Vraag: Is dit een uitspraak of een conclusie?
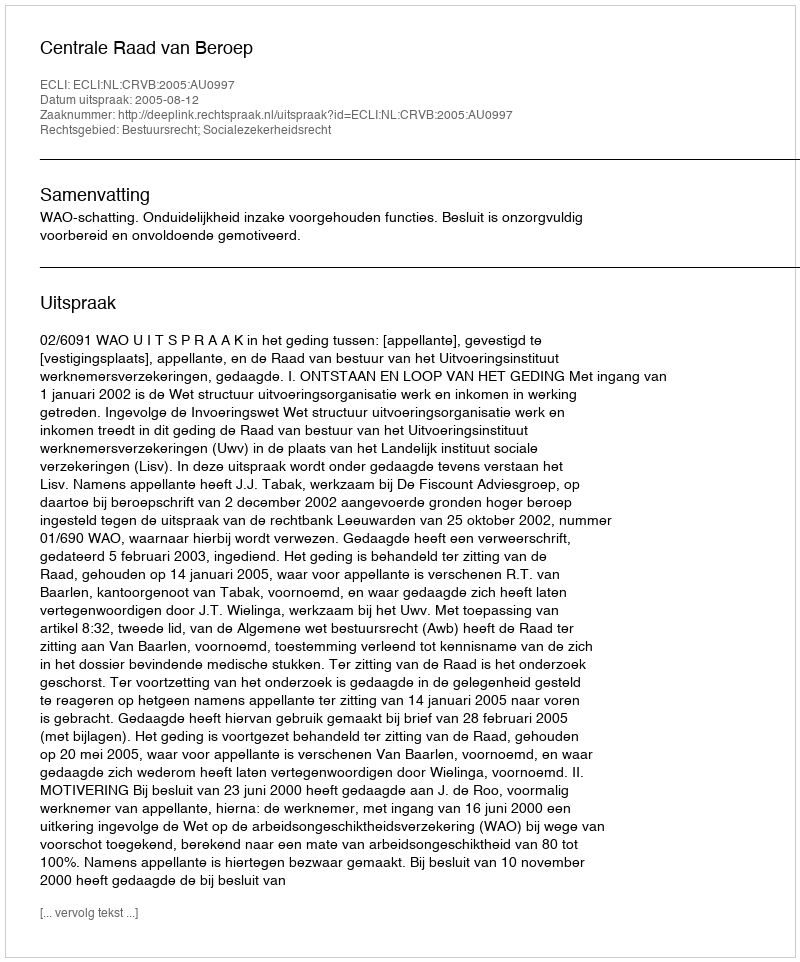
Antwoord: Uitspraak